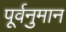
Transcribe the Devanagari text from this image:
पूर्वनुमान